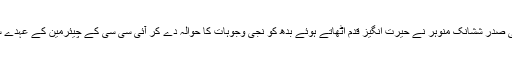
سابق بی سی سی آئی صدر ششانک منوہر نے حیرت انگیز قدم اٹھاتے ہوئے بدھ کو نجی وجوہات کا حوالہ دے کر آئی سی سی کے چیئرمین کے عہدے سے استعفی دے دیا۔